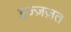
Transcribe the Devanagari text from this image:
इज्ज़ज़त